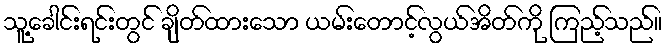
သူ့ခေါင်းရင်းတွင် ချိတ်ထားသော ယမ်းတောင့်လွယ်အိတ်ကို ကြည့်သည်။